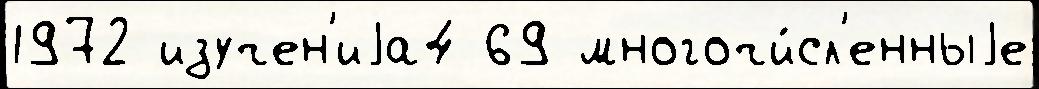
1972 изучен'иjа4 69 многочи́сл'енныjе